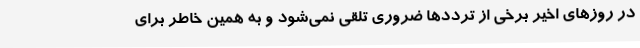
در روزهای اخیر برخی از ترددها ضروری تلقی نمی‌شود و به همین خاطر برای